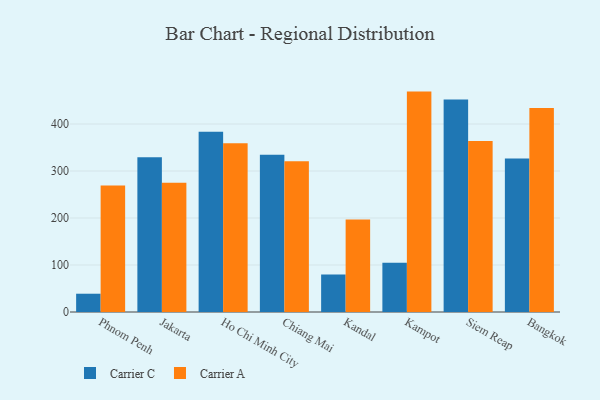
{"axis": {"x": "City", "y": "Operating Costs (USD K)"}, "legend": ["Carrier A", "Carrier C"], "data": [{"x": "Phnom Penh", "y": 38.9, "type": "Carrier C"}, {"x": "Phnom Penh", "y": 269.1, "type": "Carrier A"}, {"x": "Jakarta", "y": 329.4, "type": "Carrier C"}, {"x": "Jakarta", "y": 274.9, "type": "Carrier A"}, {"x": "Ho Chi Minh City", "y": 383.4, "type": "Carrier C"}, {"x": "Ho Chi Minh City", "y": 359.1, "type": "Carrier A"}, {"x": "Chiang Mai", "y": 334.7, "type": "Carrier C"}, {"x": "Chiang Mai", "y": 320.7, "type": "Carrier A"}, {"x": "Kandal", "y": 79.6, "type": "Carrier C"}, {"x": "Kandal", "y": 196.6, "type": "Carrier A"}, {"x": "Kampot", "y": 104.9, "type": "Carrier C"}, {"x": "Kampot", "y": 469.0, "type": "Carrier A"}, {"x": "Siem Reap", "y": 452.4, "type": "Carrier C"}, {"x": "Siem Reap", "y": 363.7, "type": "Carrier A"}, {"x": "Bangkok", "y": 326.4, "type": "Carrier C"}, {"x": "Bangkok", "y": 434.0, "type": "Carrier A"}]}